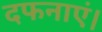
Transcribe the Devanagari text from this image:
दफनाएं।